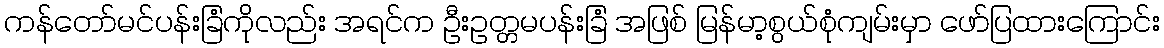
ကန်တော်မင်ပန်းခြံကိုလည်း အရင်က ဦးဥတ္တမပန်းခြံ အဖြစ် မြန်မာ့စွယ်စုံကျမ်းမှာ ဖော်ပြထားကြောင်း